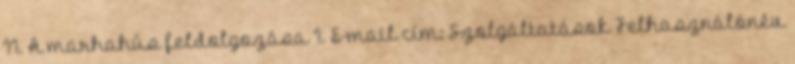
II. A marhahús feldolgozása I. E-mail cím: Szolgáltatások Felhasználónév